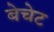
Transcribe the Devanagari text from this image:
बेचेट